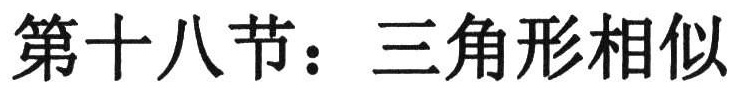
第十八节：三角形相似